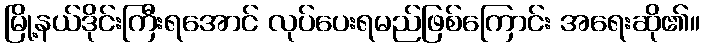
မြို့နယ်ဒိုင်းကြီးရအောင် လုပ်ပေးရမည်ဖြစ်ကြောင်း အရေးဆို၏။